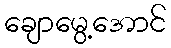
ချောမွေ့အောင်